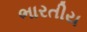
ભારતીય